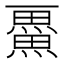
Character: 𭻴